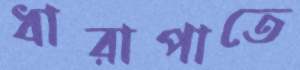
ধারাপাতে